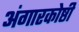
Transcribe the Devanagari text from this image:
अंगारकोष्ठी